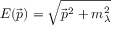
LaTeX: E ( \vec { p } ) = \sqrt { \vec { p } ^ { 2 } + m _ { \lambda } ^ { 2 } }